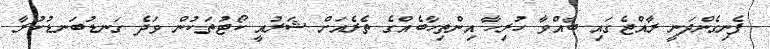
ފެނިގެންދަނީ ރާއްޖެގައި ބާއްވާ ހުރިހާ އިންތިހާބެއްގެ ތެރެއަށް ޝަރުއީ ކޯޓުތަކުން ވަދެ ގަނޑުބަނޑުކުރާ